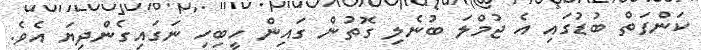
ކަންފަތް ބުޑުގައި އެ ޖުމްލަ ބުނެލި ގޮތުން ގައިން ހީބިހި ނަގައިގެންދިޔަ އެވެ.